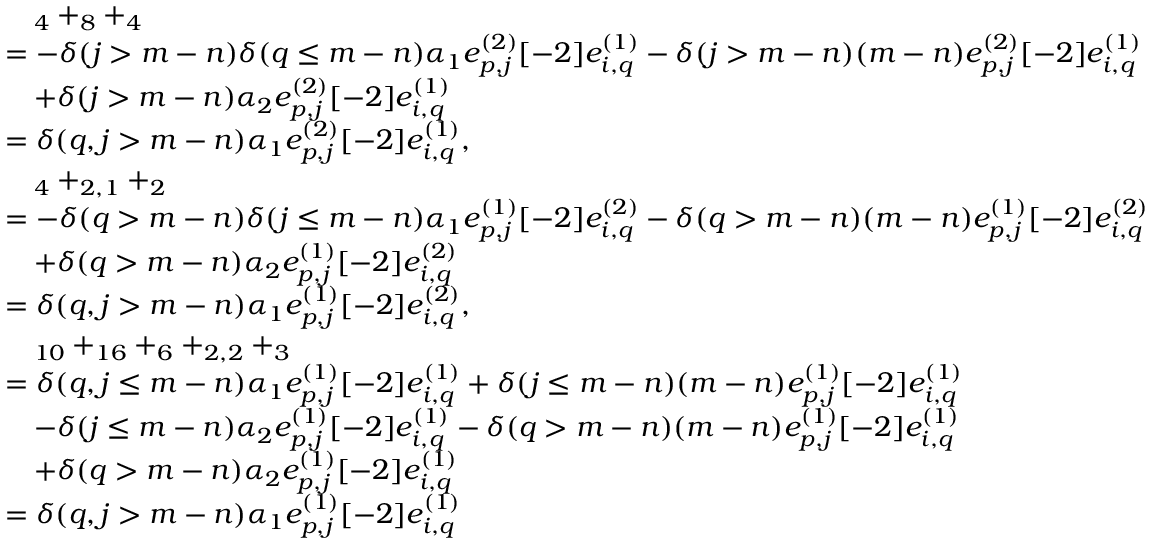
\begin{array} { r l } & { \quad _ { 4 } + _ { 8 } + _ { 4 } } \\ & { = - \delta ( j > m - n ) \delta ( q \leq m - n ) \alpha _ { 1 } e _ { p , j } ^ { ( 2 ) } [ - 2 ] e _ { i , q } ^ { ( 1 ) } - \delta ( j > m - n ) ( m - n ) e _ { p , j } ^ { ( 2 ) } [ - 2 ] e _ { i , q } ^ { ( 1 ) } } \\ & { \quad + \delta ( j > m - n ) \alpha _ { 2 } e _ { p , j } ^ { ( 2 ) } [ - 2 ] e _ { i , q } ^ { ( 1 ) } } \\ & { = \delta ( q , j > m - n ) \alpha _ { 1 } e _ { p , j } ^ { ( 2 ) } [ - 2 ] e _ { i , q } ^ { ( 1 ) } , } \\ & { \quad _ { 4 } + _ { 2 , 1 } + _ { 2 } } \\ & { = - \delta ( q > m - n ) \delta ( j \leq m - n ) \alpha _ { 1 } e _ { p , j } ^ { ( 1 ) } [ - 2 ] e _ { i , q } ^ { ( 2 ) } - \delta ( q > m - n ) ( m - n ) e _ { p , j } ^ { ( 1 ) } [ - 2 ] e _ { i , q } ^ { ( 2 ) } } \\ & { \quad + \delta ( q > m - n ) \alpha _ { 2 } e _ { p , j } ^ { ( 1 ) } [ - 2 ] e _ { i , q } ^ { ( 2 ) } } \\ & { = \delta ( q , j > m - n ) \alpha _ { 1 } e _ { p , j } ^ { ( 1 ) } [ - 2 ] e _ { i , q } ^ { ( 2 ) } , } \\ & { \quad _ { 1 0 } + _ { 1 6 } + _ { 6 } + _ { 2 , 2 } + _ { 3 } } \\ & { = \delta ( q , j \leq m - n ) \alpha _ { 1 } e _ { p , j } ^ { ( 1 ) } [ - 2 ] e _ { i , q } ^ { ( 1 ) } + \delta ( j \leq m - n ) ( m - n ) e _ { p , j } ^ { ( 1 ) } [ - 2 ] e _ { i , q } ^ { ( 1 ) } } \\ & { \quad - \delta ( j \leq m - n ) \alpha _ { 2 } e _ { p , j } ^ { ( 1 ) } [ - 2 ] e _ { i , q } ^ { ( 1 ) } - \delta ( q > m - n ) ( m - n ) e _ { p , j } ^ { ( 1 ) } [ - 2 ] e _ { i , q } ^ { ( 1 ) } } \\ & { \quad + \delta ( q > m - n ) \alpha _ { 2 } e _ { p , j } ^ { ( 1 ) } [ - 2 ] e _ { i , q } ^ { ( 1 ) } } \\ & { = \delta ( q , j > m - n ) \alpha _ { 1 } e _ { p , j } ^ { ( 1 ) } [ - 2 ] e _ { i , q } ^ { ( 1 ) } } \end{array}